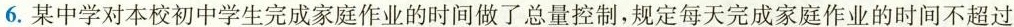
6.某中学对本校初中学生完成家庭作业的时间做了总量控制，规定每天完成家庭作业的时间不超过